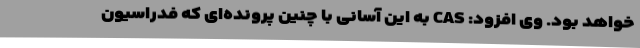
خواهد بود. وی افزود: CAS به این آسانی با چنین پرونده‌ای که فدراسیون